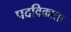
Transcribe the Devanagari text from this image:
पदविकाला